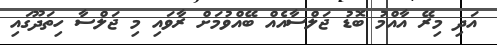
އަދި މިރޭ އާއްމު ބޮޑު ޖަލްސާއެއް ބޭއްވުމަށް ރާވައި މި ޖަލްސާ ހިތަދޫގައި